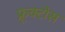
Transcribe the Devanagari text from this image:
फ्रूक्टोस